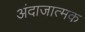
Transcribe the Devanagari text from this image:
अंदाजात्मक